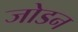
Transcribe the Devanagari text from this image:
जोडन